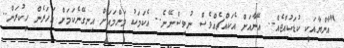
"އާންޔާއަކީ ކުޑަކުއްޖެއް.. އޭނާއަށް އެކައްޗެއްވެސް ނުވިސްނޭނެ.. އެކަމަކު މަންމައަށް އިނގޭނެކަމަށް އަހަރެން ހީކުރަން..